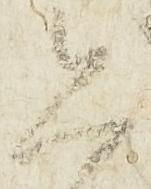
恐